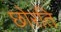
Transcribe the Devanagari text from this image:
छोरति